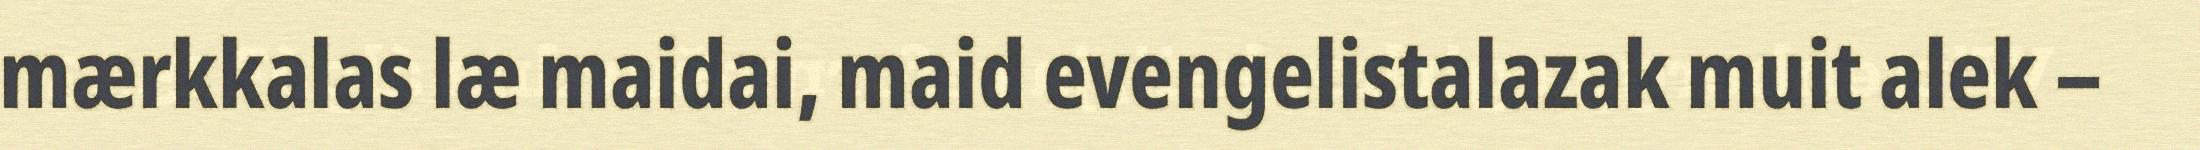
mærkkalas læ maidai, maid evengelistalazak muit alek –